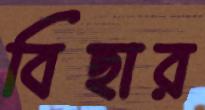
বিছার